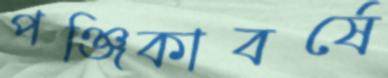
পঞ্জিকাবর্ষে